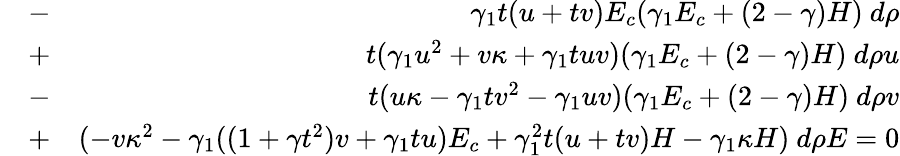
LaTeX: \begin{array}{rlr}&{-}&{\gamma_{1}t(u+tv)E_{c}(\gamma_{1}E_{c}+(2-\gamma)H)~d\rho}\\ &{+}&{t(\gamma_{1}u^{2}+v\kappa+\gamma_{1}tuv)(\gamma_{1}E_{c}+(2-\gamma)H)~d\rho u}\\ &{-}&{t(u\kappa-\gamma_{1}tv^{2}-\gamma_{1}uv)(\gamma_{1}E_{c}+(2-\gamma)H)~d\rho v}\\ &{+}&{(-v\kappa^{2}-\gamma_{1}((1+\gamma t^{2})v+\gamma_{1}tu)E_{c}+\gamma_{1}^{2}t(u+tv)H-\gamma_{1}\kappa H)~d\rho E=0}\end{array}